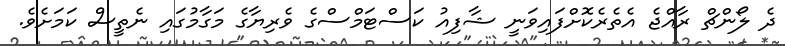
ދެ ލޯންޗް ރާއްޖެ އެތެރެކޮށްފައިވަނީ ޝާފިއު ކަސްޓަމްސްގެ ވެރިޔާގެ މަގާމުގައި ނެތީސް ކަމަށެވެ.